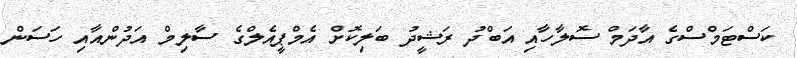
ކަސްޓަމްސްގެ އާދަމް ސޮލާހާއި އަބްދު ރަޝީދު ބަލިކޮށް އެމްޕީއެލްގެ ސާލިމް އަދުންއާއި ހަސަން